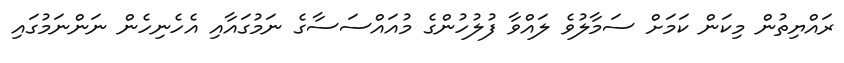
ރައްޔިތުން މިކަން ކަމަށް ސަމާލުވެ ލައްވާ ފުލުހުންގެ މުއައްސަސާގެ ނަމުގައާއި އެހެނިހެން ނަންނަމުގައި